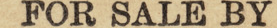
FOR SALE BY